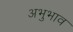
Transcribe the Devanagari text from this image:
अभुभाव